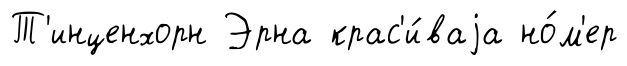
Т'инценхорн Эрна крас'и́ваjа но́м'ер